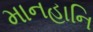
માનહાનિ